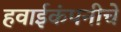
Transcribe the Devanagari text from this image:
हवाईकंपनीचे